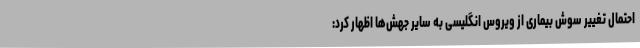
احتمال تغییر سوش بیماری از ویروس انگلیسی به سایر جهش‌ها اظهار کرد: